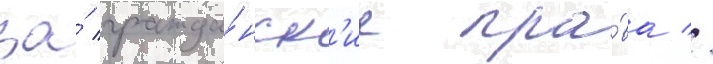
за́ гражда́нск'ие пра́ва //